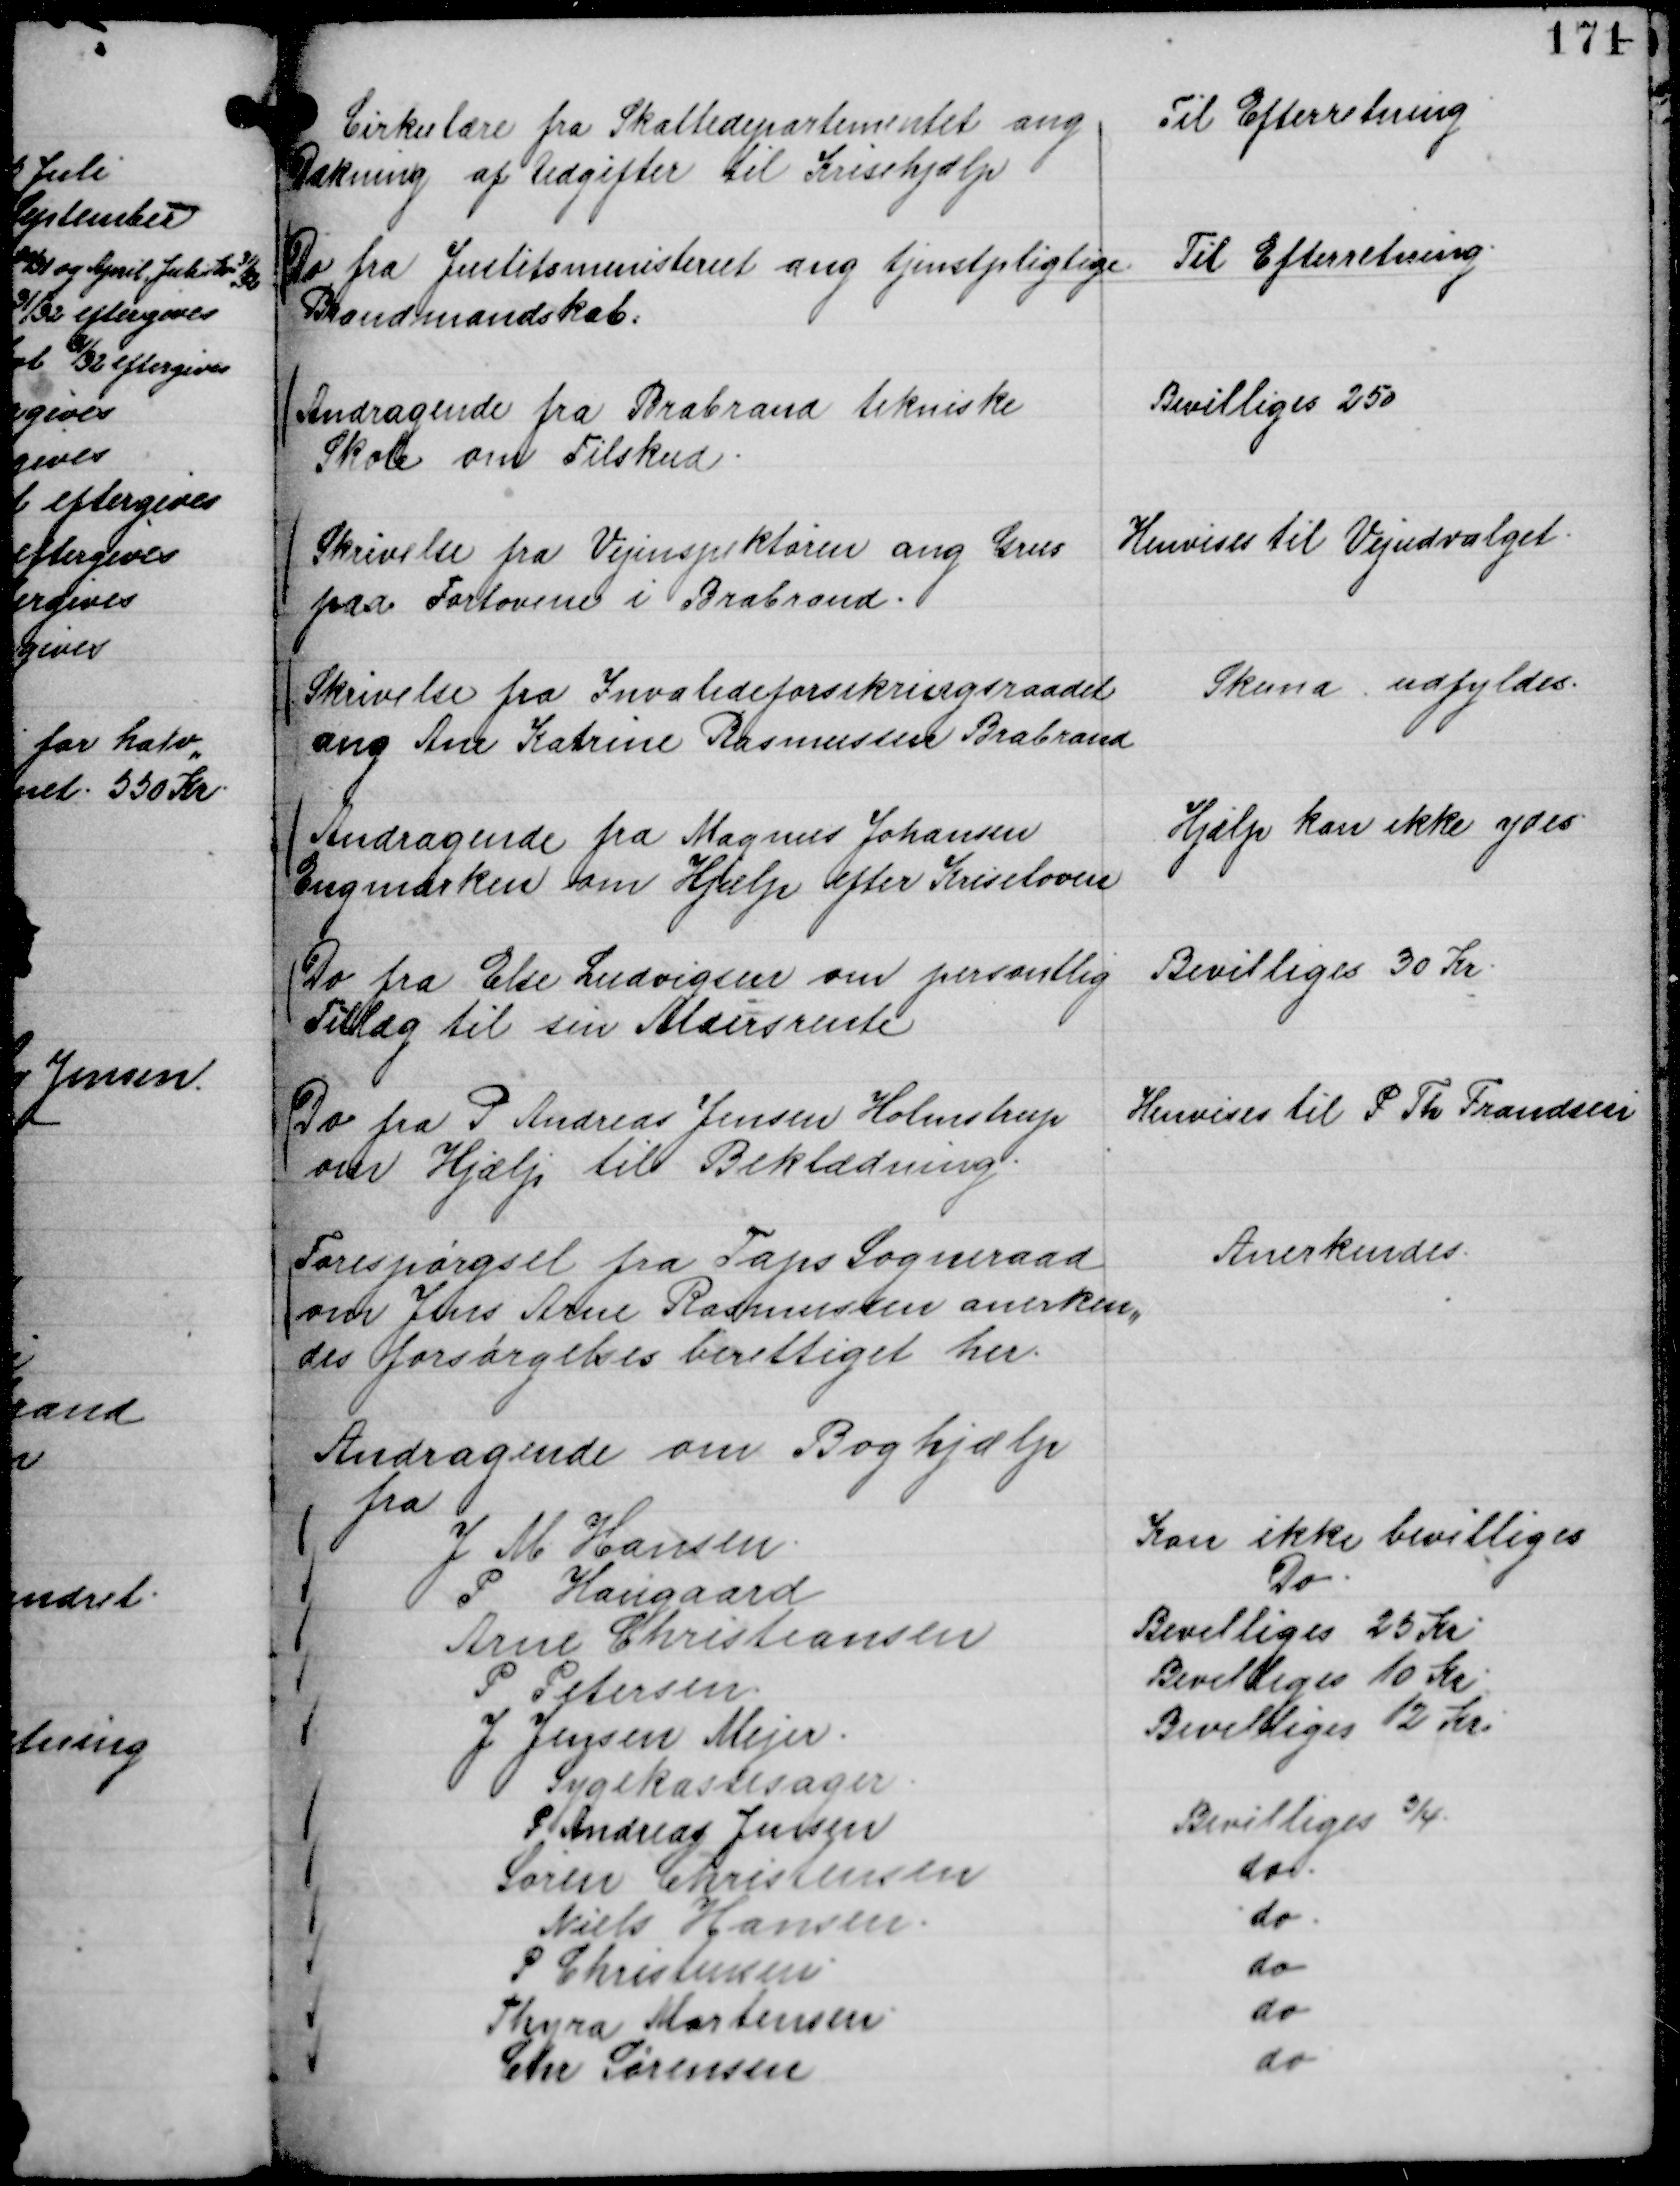
Transskription:
Cirkulære fra Skattedepartementet ang
Dækning af Udgifter til Krisehjælp

Til Efterretning

Do fra Justitsministeriet ang tjenstpligtige
Brandmandskab.

Til Efterretning.

Andragende fra Brabrand tekniske
Skole om Tilskud.

Bevilliges 250

Skrivelse fra Vejinspektøren ang Grus
paa Fortovene i Brabrand.

Henvises til Vejudvalget.

Skrivelse fra Invalideforsikringsraadet
ang Ane Katrine Rasmussen Brabrand

Skema udfyldes.

Andragende fra Magnus Johansen
Engmarken om Hjælp efter Kriseloven

Hjælp kan ikke ydes.

Do fra Else Ludvigsen om personlig
Tillæg til sin Aldersrente

Bevilliges 30 Kr.

Do fra P Andreas Jensen Holmstrup
om Hjælp til beklædning.

Henvises til P Th Frandsen

Forespørgsel fra Taps Sogneraad
om Jens Arne Rasmussen anerken,,
des forsørgelsesberettiget her.

Anerkendes.

Andragende om Boghjælp
fra
J M Hansen.
Kan ikke bevilliges
P Haugaard
Do.
Arne Christiansen
Bevilliges 25 Kr.
P Petersen
Bevilliges 10 Kr.
J Jensen Mejer.
Bevilliges 12 Kr.

Sygekassesager
P Andreas Jensen
Bevilliges ¾.
Søren Christensen
do.
Niels Hansen.
do.
P Christensen.
do
Thyra Mortensen
do
Chr Sørensen
do